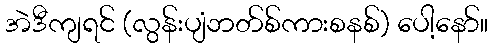
အဲဒီကျရင် (လွန်းပျံဘတ်စ်ကားစနစ်) ပေါ့နော်။